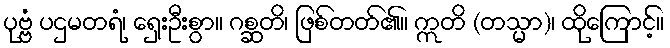
ပုဗ္ဗံ ပဌမတရံ၊ ရှေးဦးစွာ။ ဂစ္ဆတိ၊ ဖြစ်တတ်၏။ ဣတိ (တသ္မာ)၊ ထိုကြောင့်။